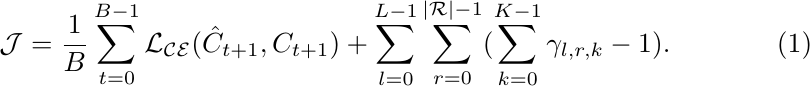
\begin{align}
\mathcal{J}&=\frac{1}{B}\sum_{t=0}^{B-1}\mathcal{L_{CE}}(\hat{C}_{t+1}, C_{t+1}) +
    \sum_{l=0}^{L-1}\sum_{r=0}^{|\mathcal{R}|-1}(\sum_{k=0}^{K-1}\gamma_{l,r,k} - 1).
\end{align}